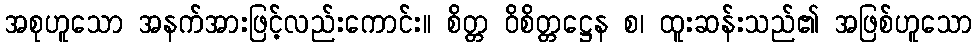
အစုဟူသော အနက်အားဖြင့်လည်းကောင်း။ စိတ္တ ဝိစိတ္တဋ္ဌေန စ၊ ထူးဆန်းသည်၏ အဖြစ်ဟူသော